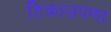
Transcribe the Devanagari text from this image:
टिकाउपणा